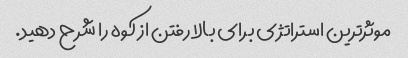
موثرترین استراتژی برای بالا رفتن از کوه را شرح دهید.